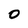
Character: 0